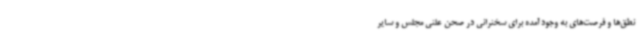
نطق‌ها و فرصت‌های به وجود آمده برای سخنرانی در صحن علنی مجلس و سایر